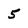
Character: 5